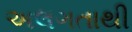
અલગતાથી